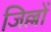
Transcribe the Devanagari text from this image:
जिल्लों